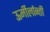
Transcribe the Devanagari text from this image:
ऊर्मीर्लान्ती